Note on the mental hospitals in Burma - 1925-1940
Year: 1925
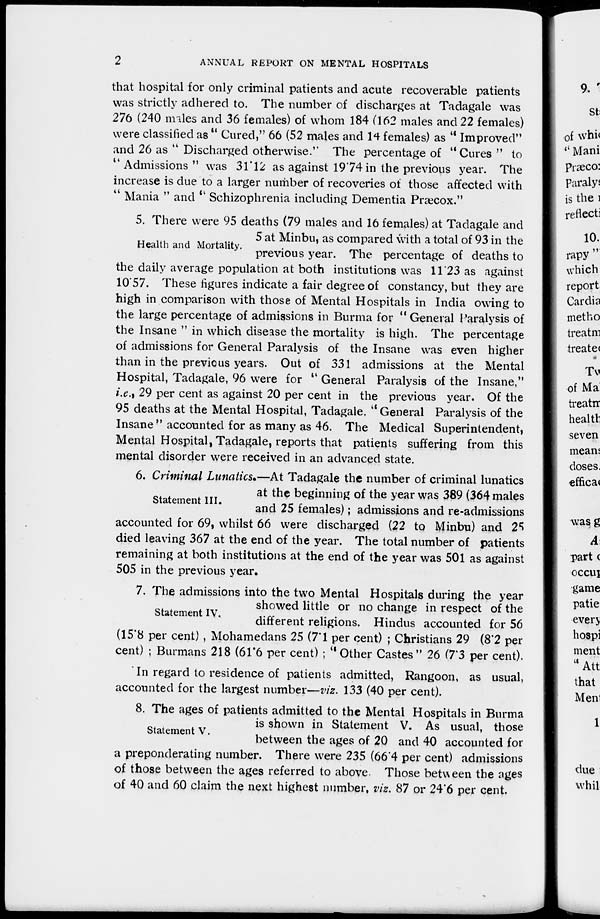
2
ANNUAL REPORT ON MENTAL HOSPITALS
that hospital for only criminal patients and acute recoverable patients
was strictly adhered to. The number of discharges at Tadagale was
276 (240 males and 36 females) of whom 184 (162 males and 22 females)
were classified as " Cured," 66 (52 males and 14 females) as " Improved"
and 26 as " Discharged otherwise." The percentage of " Cures " to
" Admissions " was 31.12 as against 19.74 in the previous year. The
increase is due to a larger number of recoveries of those affected with
" Mania " and " Schizophrenia including Dementia Præcox."
Health and Mortality.
5. There were 95 deaths (79 males and 16 females) at Tadagale and
5 at Minbu, as compared with a total of 93 in the
previous year. The percentage of deaths to
the daily average population at both institutions was 11.23 as against
10.57. These figures indicate a fair degree of constancy, but they are
high in comparison with those of Mental Hospitals in India owing to
the large percentage of admissions in Burma for " General Paralysis of
the Insane " in which disease the mortality is high. The percentage
of admissions for General Paralysis of the Insane was even higher
than in the previous years. Out of 331 admissions at the Mental
Hospital, Tadagale, 96 were for " General Paralysis of the Insane,"
i.e.) 29 per cent as against 20 per cent in the previous year. Of the
95 deaths at the Mental Hospital, Tadagale. " General Paralysis of the
Insane" accounted for as many as 46. The Medical Superintendent,
Mental Hospital, Tadagale, reports that patients suffering from this
mental disorder were received in an advanced state.
Statement III.
6. Criminal Lunatics.—At Tadagale the number of criminal lunatics
at the beginning of the year was 389 (364 males
and 25 females); admissions and re-admissions
accounted for 69, whilst 66 were discharged (22 to Minbu) and 25
died leaving 367 at the end of the year. The total number of patients
remaining at both institutions at the end of the year was 501 as against
505 in the previous year.
Statement IV.
7. The admissions into the two Mental Hospitals during the year
showed little or no change in respect of the
different religions. Hindus accounted for 56
(15.8 per cent) , Mohamedans 25 (7.1 per cent) ; Christians 29 (8.2 per
cent) ; Burmans 218 (61.6 per cent) ; " Other Castes " 26 (7.3 per cent).
In regard to residence of patients admitted, Rangoon, as usual,
accounted for the largest number—viz. 133 (40 per cent).
Statement V.
8. The ages of patients admitted to the Mental Hospitals in Burma
is shown in Statement V. As usual, those
between the ages of 20 and 40 accounted for
a preponderating number. There were 235 (66.4 per cent) admissions
of those between the ages referred to above Those between the ages
of 40 and 60 claim the next highest number, viz. 87 or 24.6 per cent.